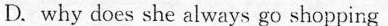
D.why does she always go shopping